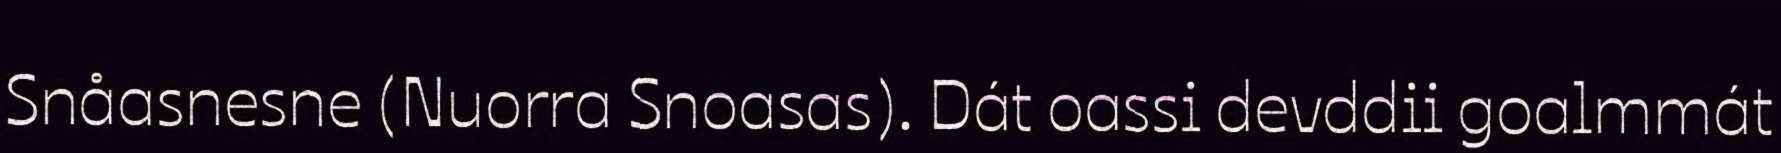
Snåasnesne (Nuorra Snoasas). Dát oassi devddii goalmmát